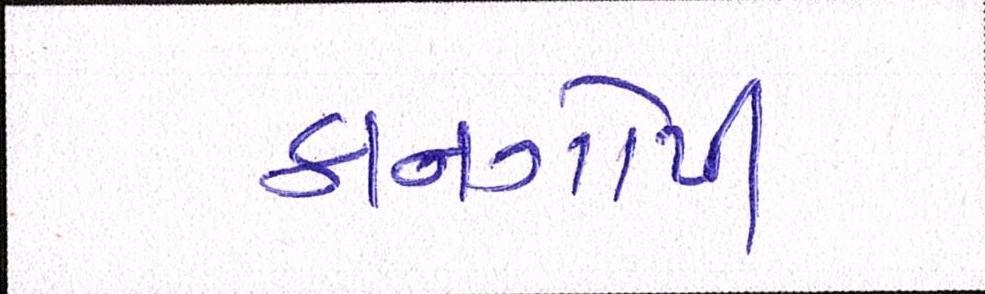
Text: કાનગોપી